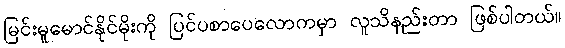
မြင်းမူမောင်နိုင်မိုးကို ပြင်ပစာပေလောကမှာ လူသိနည်းတာ ဖြစ်ပါတယ်။